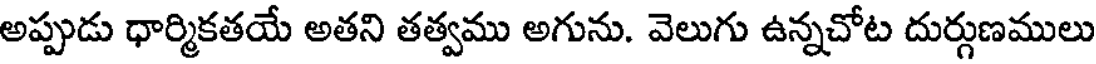
అప్పుడు ధార్మికతయే అతని తత్వము అగును. వెలుగు ఉన్నచోట దుర్గుణములు